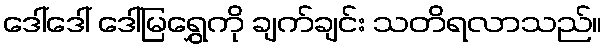
ဒေါ်ဒေါ် ဒေါ်မြရွှေကို ချက်ချင်း သတိရလာသည်။